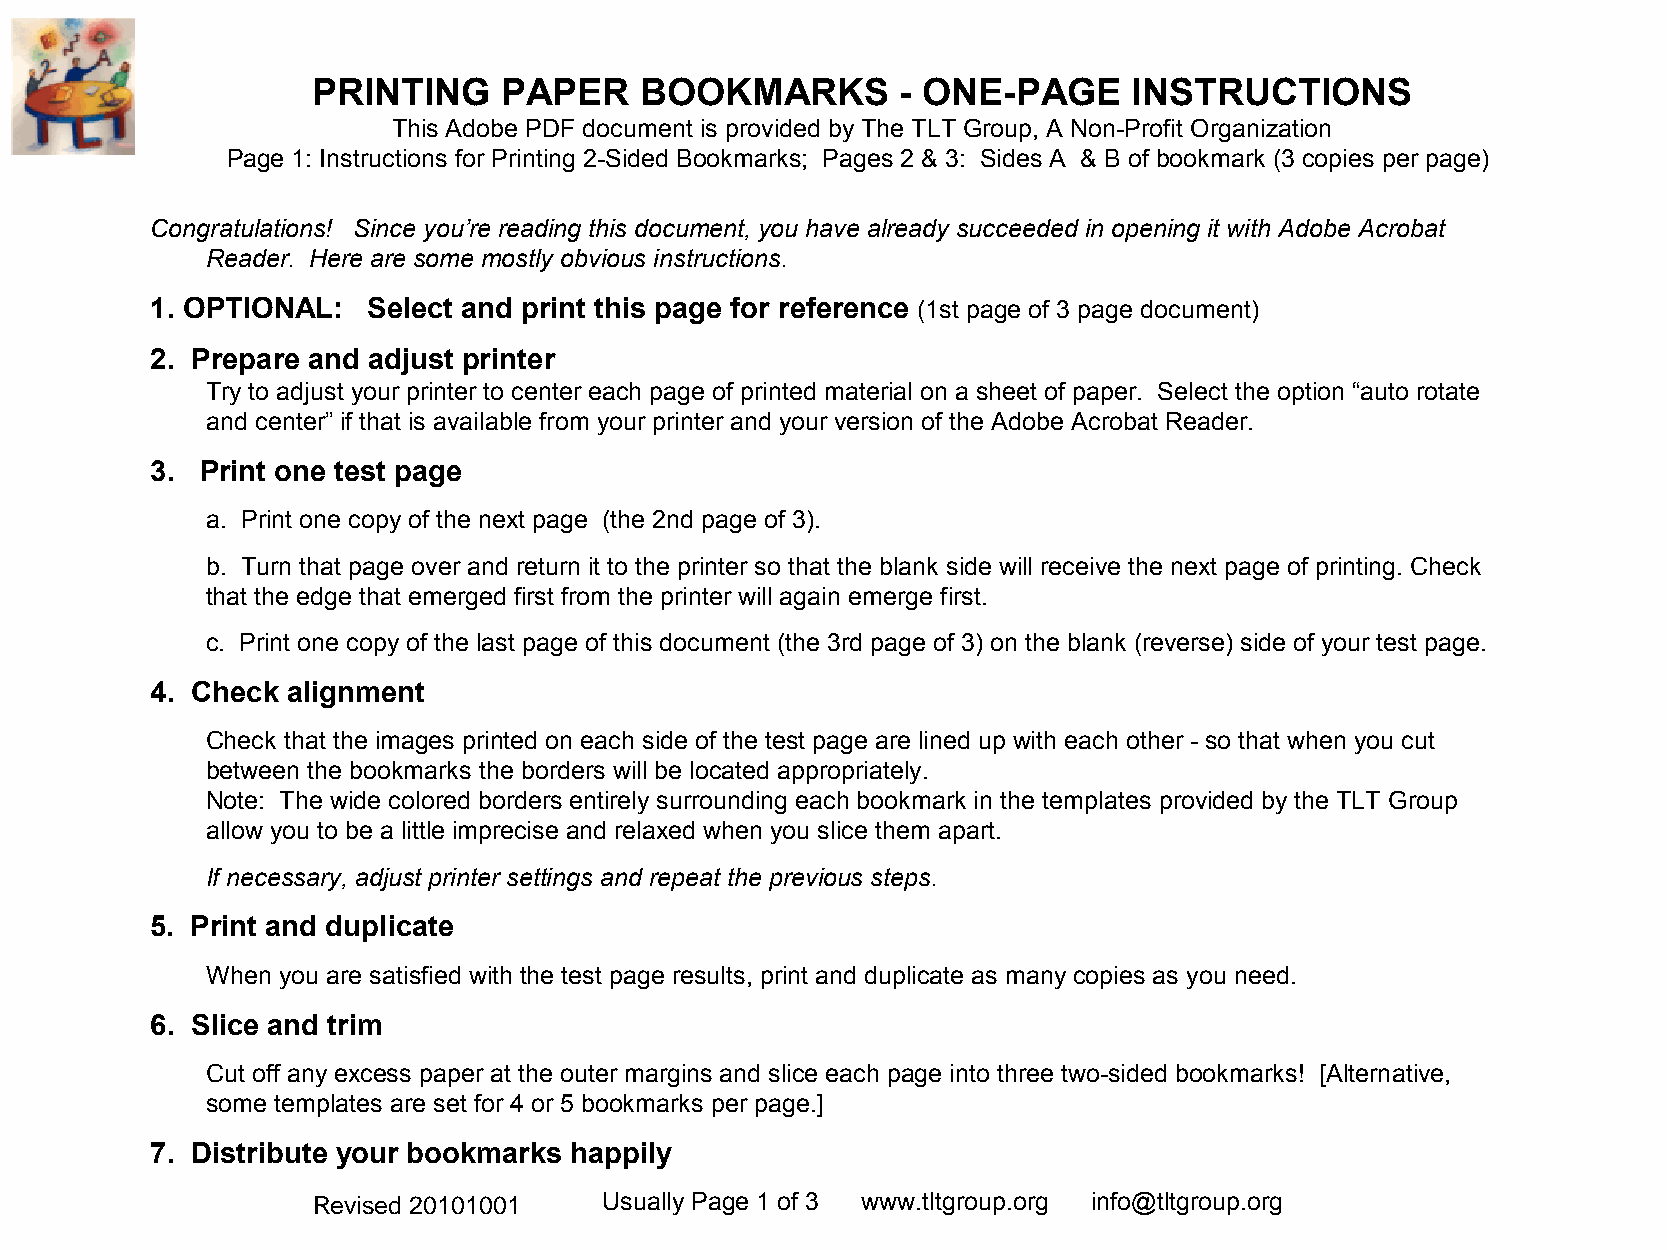
PRINTING    PAPER    BOOKMARKS         - ONE-PAGE     INSTRUCTIONS
 This Adobe PDF document is provided by The TLT Group, A Non-Profit Organization
 Page 1: Instructions for Printing 2-Sided Bookmarks; Pages 2 & 3: Sides A & B of bookmark (3 copies per page)
 Congratulations! Since you’re reading this document, you have already succeeded in opening it with Adobe Acrobat
 Reader. Here are some mostly obvious instructions.
 1. OPTIONAL:  Select and print this page for reference (1st page of 3 page document)
 2. Prepare and adjust printer
 Try to adjust your printer to center each page of printed material on a sheet of paper. Select the option “auto rotate
 and center” if that is available from your printer and your version of the Adobe Acrobat Reader.
 3. Print one test page
 a. Print one copy of the next page (the 2nd page of 3).
 b. Turn that page over and return it to the printer so that the blank side will receive the next page of printing. Check
 that the edge that emerged first from the printer will again emerge first.
 c. Print one copy of the last page of this document (the 3rd page of 3) on the blank (reverse) side of your test page.
 4. Check alignment
 Check that the images printed on each side of the test page are lined up with each other - so that when you cut
 between the bookmarks the borders will be located appropriately.
 Note: The wide colored borders entirely surrounding each bookmark in the templates provided by the TLT Group
 allow you to be a little imprecise and relaxed when you slice them apart.
 If necessary, adjust printer settings and repeat the previous steps.
 5. Print and duplicate
 When you are satisfied with the test page results, print and duplicate as many copies as you need.
 6. Slice and trim
 Cut off any excess paper at the outer margins and slice each page into three two-sided bookmarks! [Alternative,
 some templates are set for 4 or 5 bookmarks per page.]
 7. Distribute your bookmarks happily
 Revised 20100916 Usually Page 1 of 3 www.tltgroup.org info@tltgroup.org